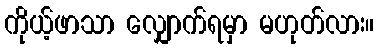
ကိုယ့်ဖာသာ လျှောက်ရမှာ မဟုတ်လား။